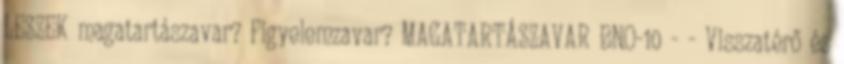
LESZEK magatartászavar? Figyelemzavar? MAGATARTÁSZAVAR BNO-10 - - Visszatérő és